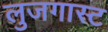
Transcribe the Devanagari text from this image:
लुजगास्ट